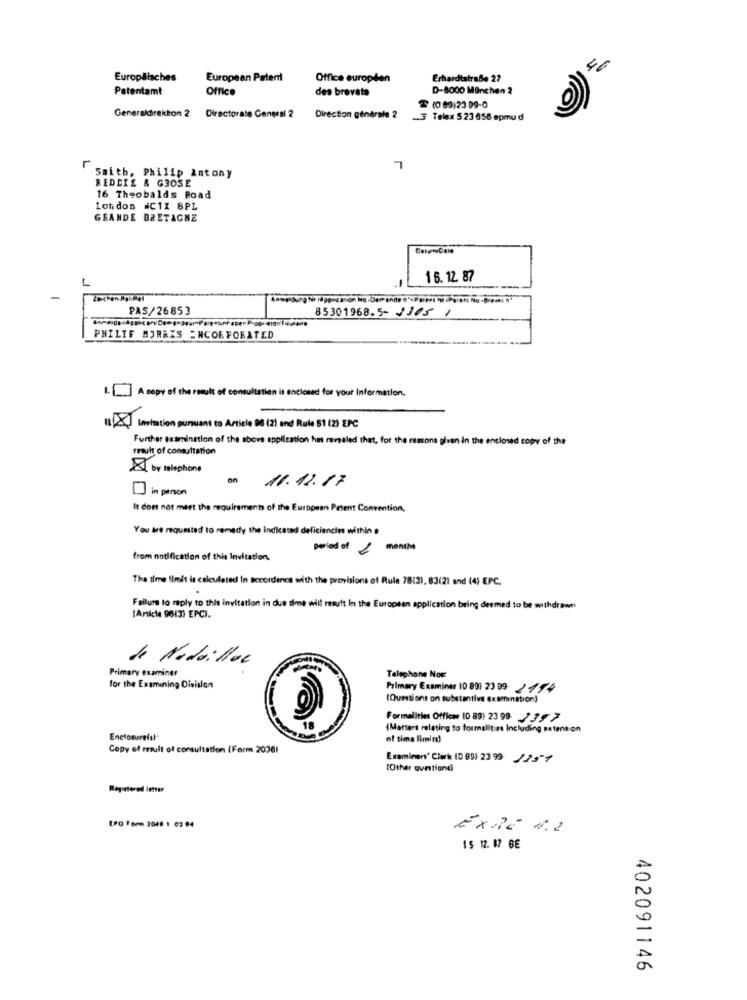
46
Europäisches
European Patent
Office européen
Erhardtstraße 27
Patentamt
Office
des brevets
D-8000 Munchen 2
T (0 89)23 99-0
Generaldirekton 2
Directorate General 2
Direction générale 2
3 Telex 5 23 658 epmu d
L
Saith, Philip Intony
REDDIE & GOOSE
16 Theobalds Road
London #C1X 8PL
GRANDE BRETAGNE
16. 12 87
PAS/26853
85301968.5- 3305 1
PHILIF MORRIS ENCOR FORATED
.. ] A copy of the result of consultation is enclosed for your Information.
1 X lastation purwant to Article 06 (2) and Rule 51 (2) EPC
Further Examination of the above application has revealed that, for the reasons given in the ene
" the
result of consultation
8 by telephone
on 11.12.17
in person
It does not meet the requirements of the European Patent Convention,
You are requested to remedy the Indicated deficiencies within e
period of 2 months
from notification of this Invitation.
The time limit is calculated in accordance with the provisions of Rule 78:3), 83(2) and (4) EPC.
.
Failure to reply to this invitation in due time will result In the Eurooten application being deemed to be withdrawn
[Article 9013) EPCI.
de Nadaillas
Primary examiner
Telephone Nov
for the Examining Olvision
Primary Examiner 10 891 23 99 454
(Questions on substantive Examination)
Formalities Officer 10 89) 23 99 2397
(Matters relating to formalities Including satension
of time limits!
Copy of result of consultation (Form 20361
Examiners' Clark (0 09) 2399 1251
[Other quntiand)
Registered letter
EPO Form 2048 1 02 94
EXTE N.2
15 12. 17 BE
402091146